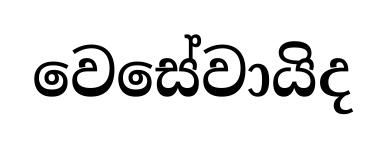
වෙසේවායිද